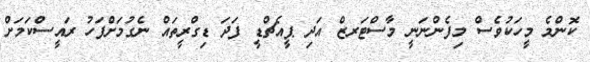
ކޮންމެ މީހަކުވެސް މިފެންނަނީ މާސްޓަރޒް އަދި ޕީއެޗްޑީ ފަދަ ޑިގްރީތައް ނެގުމަށްފަހު ރައީސްކަމަށް